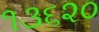
૧૩૬૨૦